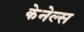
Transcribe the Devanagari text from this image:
केनेल्स